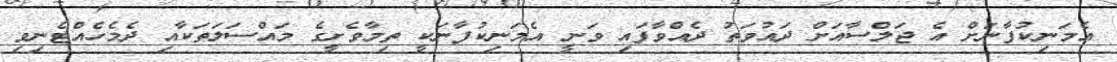
އެމަނިކުފާނަށް އެ ޖަލްސާއަށް ދައުވަތު ދެއްވާފައި ވަނީ އެމަނިކުފާނަކީ ތިމާވެށީގެ މައްސަލަތަކާއި ދެމެހެއްޓެނިވި